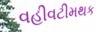
વહીવટીમથક